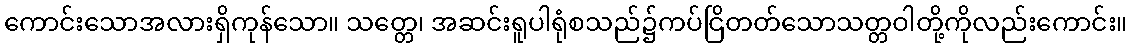
ကောင်းသောအလားရှိကုန်သော။ သတ္တေ၊ အဆင်းရူပါရုံစသည်၌ကပ်ငြိတတ်သောသတ္တဝါတို့ကိုလည်းကောင်း။